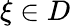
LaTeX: \xi\in D